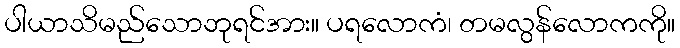
ပါယာသိမည်သောဘုရင်အား။ ပရလောကံ၊ တမလွန်လောကကို။